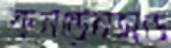
কনডেনসড